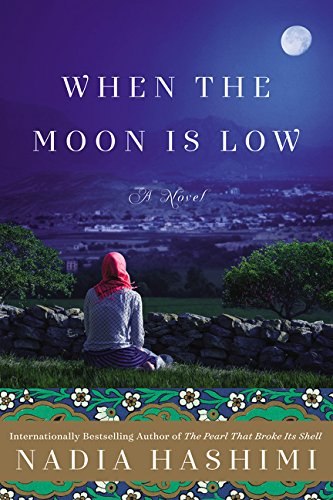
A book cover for When the Moon Is Low: A Novel; Nadia Hashimi; Literature & Fiction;